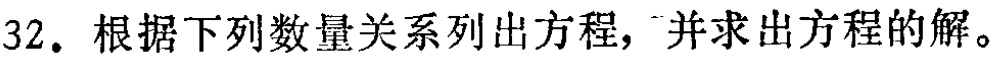
32. 根据下列数量关系列出方程，并求出方程的解。